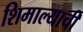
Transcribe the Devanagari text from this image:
शिमाल्याची